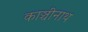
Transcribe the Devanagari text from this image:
काञ्चीनाथ